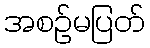
အစဉ်မပြတ်